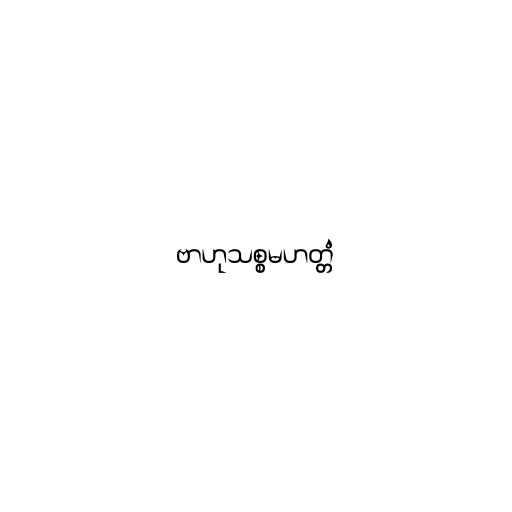
ဗာဟုသစ္စမဟတ္တံ